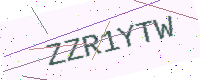
Text: ZZR1YTW